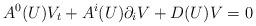
LaTeX: \begin{align*}A^{0}(U)V_{t}+A^{i}(U)\partial_{i}V+D(U)V=0\end{align*}